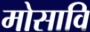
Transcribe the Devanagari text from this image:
मोसावि